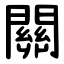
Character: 關